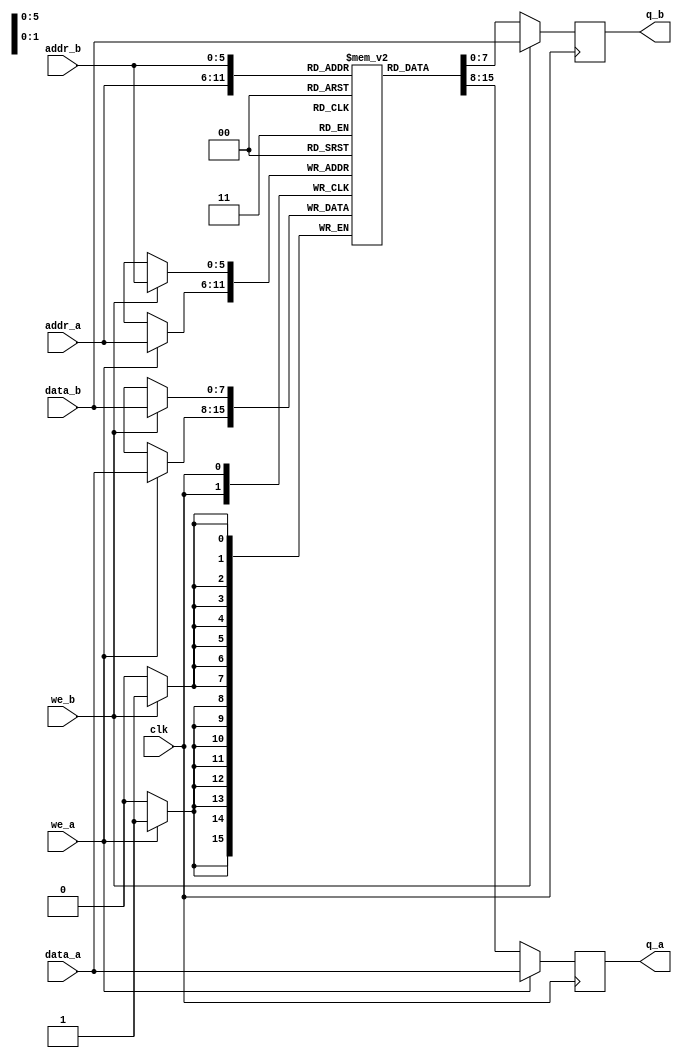
/**************************************************
P1.1 TRUE DUAL PORT RAM
************************************************/
module sram(q_a, q_b, data_a, data_b, addr_a, addr_b, we_a, we_b, clk);
	input [7:0] data_a, data_b;
	input [5:0] addr_a, addr_b;
	input we_a, we_b, clk;
	output reg [7:0] q_a, q_b;

	reg [7:0] sram[63:0];
	
	// Port A
	always @ (posedge clk)
	begin
		if (we_a) 
		begin
			sram[addr_a] <= data_a;
			q_a <= data_a;
		end
		else 
		begin
			q_a <= sram[addr_a];
		end
	end
	
	// Port B
	always @ (posedge clk)
	begin
		if (we_b)
		begin
			sram[addr_b] <= data_b;
			q_b <= data_b;
		end
		else
		begin
			q_b <= sram[addr_b];
		end
	end
	
endmodule